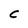
Character: C